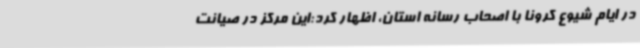
در ایام شیوع کرونا با اصحاب رسانه استان، اظهار کرد:این مرکز در صیانت